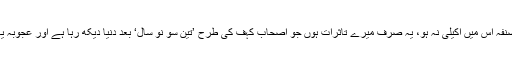
ہو سکتا ہے مصنفہ اس میں اکیلی نہ ہو، یہ صرف میرے تاثرات ہوں جو اصحابِ کہف کی طرح ’تین سو نو سال‘ بعد دنیا دیکھ رہا ہے اور عجوبہ یہاں وہ خود ہے۔